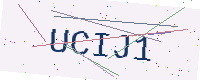
Text: UCIJ1